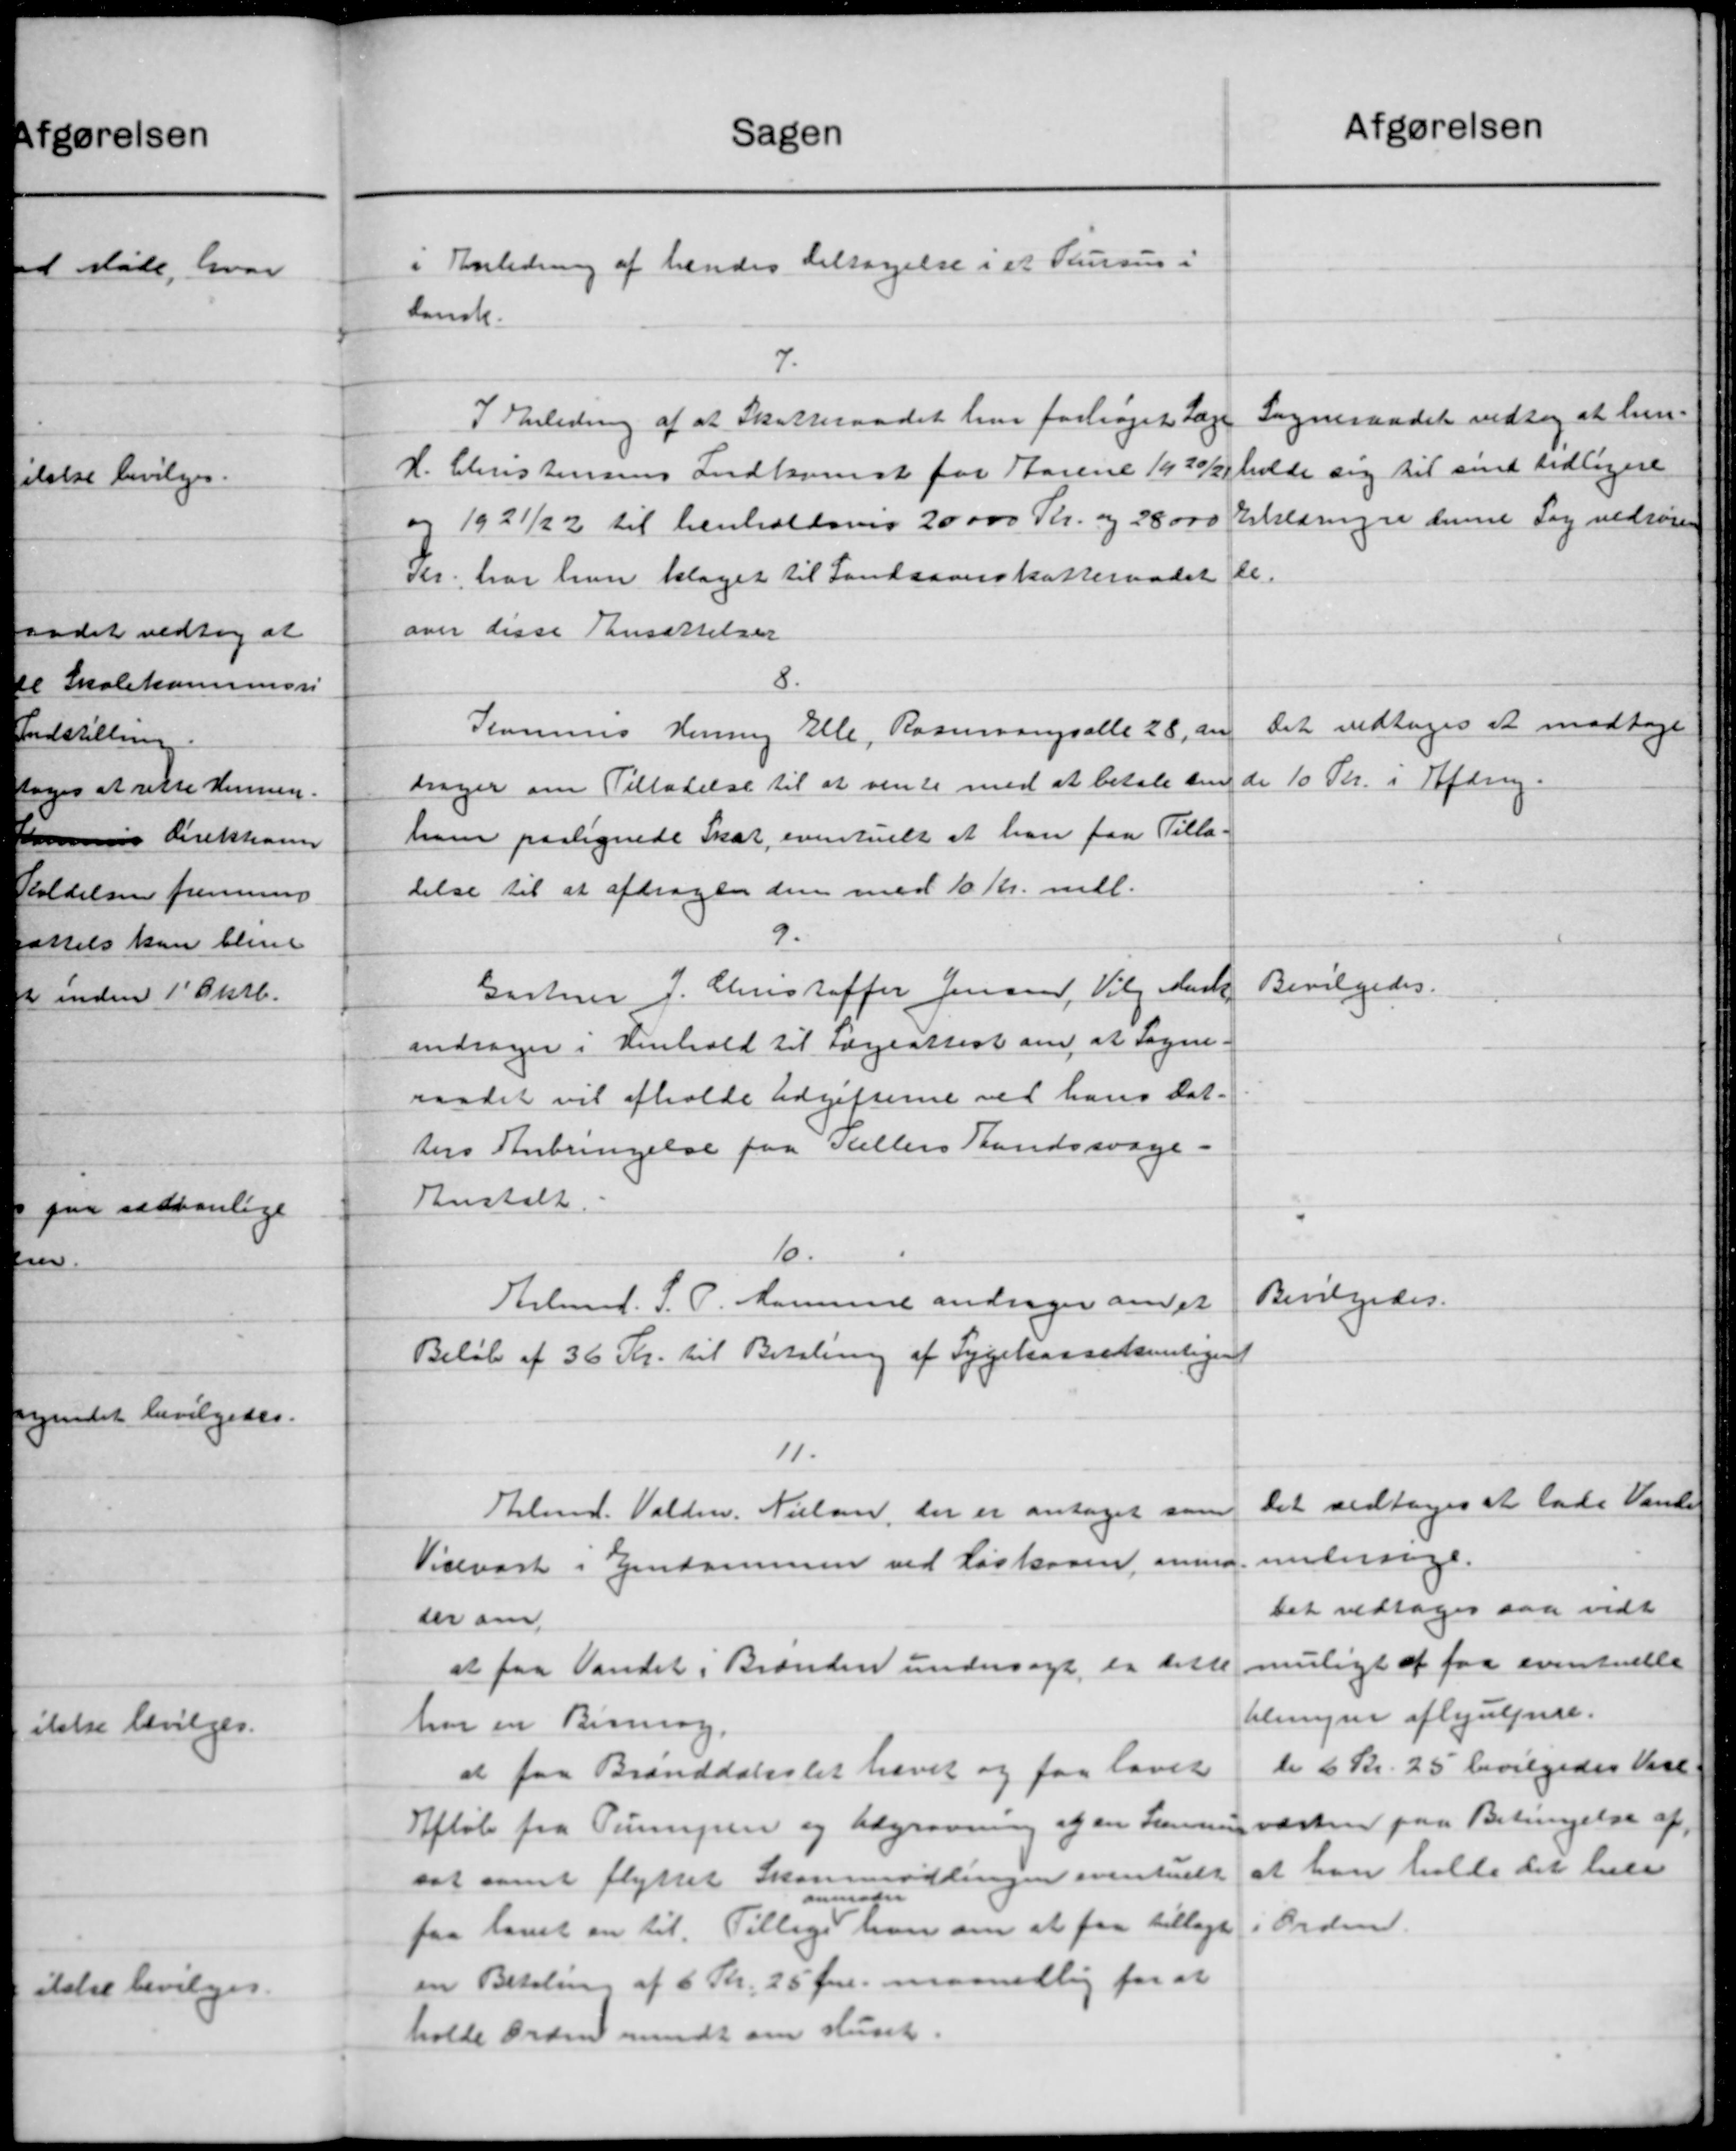
Transskription:
Sagen
i Anledning af hendes deltagelse i et Kursus i
dansk.
7
I Anledning af at Skatteraadet har forhøjet Læge
H. Christensens Indkomst for Aarene 1920/2
og 1921/22 til henholdsvis 20000 Kr. og 28000
Kr. har han klaget til Landsoverskatteraadet
over disse Ansættelser
8.
Komune Henning Elle, Rasmaangsalle 28, an
drager om Tilladelse til at vente med at betale sin
ham paalignede Skat, eventuelt at han faa Tilla-
delse til at afdrages den med 10 Kr. mdl.
9.
Gartner J. Christoffer Jensen, Valg Mark
andrager i Henhold til Lægeattest om at Sogn.
raadet vil afholde Udgifterne ved hans Dat-
ters Anbringelse paa Kellers Landssvage-
Anstalt.
10.
Arbmd. S. P. Komunen andrager om et
Beløb af 36 Kr. til Betaling af Sygekassekontigen
11.
Almd. Valdm. Nielsen, der er antaget som
Vidvart i Ejendommen ved Historen, anmo
ser om
at faa Vandet i Brænden undersøgt er dette
har en Bisning.
at faa Branddækslet hævet og faa lavet
Afløb fra Pumpen og Udgravning af en Sammen
sat samt flyttet Skommidlingen eventuelt
faa lavet en til Tilligation om at faa tillagt
en Betaling af 6 Kr. 25 Øre maanedlig for at
holde Ordne mendt om Huset.